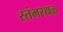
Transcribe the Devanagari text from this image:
स्तंभस्थळ